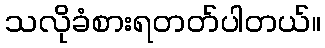
သလိုခံစားရတတ်ပါတယ်။